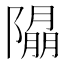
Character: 𨼖